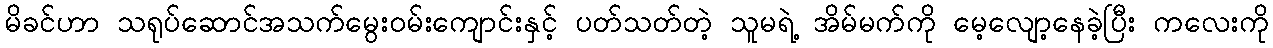
မိခင်ဟာ သရုပ်ဆောင်အသက်မွေးဝမ်းကျောင်းနှင့် ပတ်သတ်တဲ့ သူမရဲ့ အိမ်မက်ကို မေ့လျော့နေခဲ့ပြီး ကလေးကို